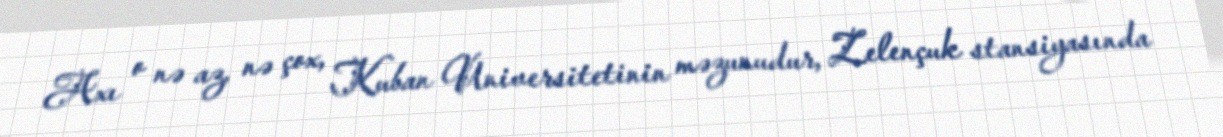
Axı o nə az, nə çox, Kuban Universitetinin məzunudur, Zelençuk stansiyasında